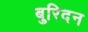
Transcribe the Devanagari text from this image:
बुरिदन